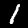
Digit: 1